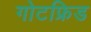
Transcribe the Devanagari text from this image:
गोटफ्रिड